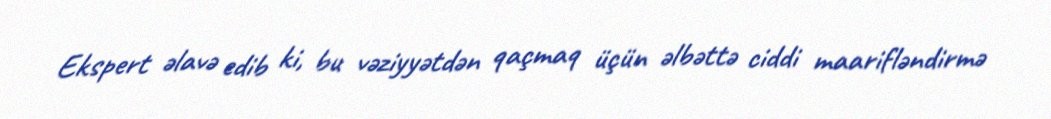
Ekspert əlavə edib ki, bu vəziyyətdən qaçmaq üçün əlbəttə ciddi maarifləndirmə